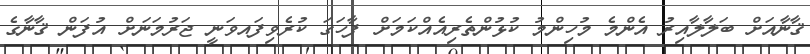
ޤާނާއަށް ބަލާލާއިރު އެންމެ މުހިންމު ކުޅުންތެރިއެއްކަމަށް ފާހަގަ ކުރެވިފައވަނީ ޖަރުމަނަށް އުފަން ޤާނާގެ